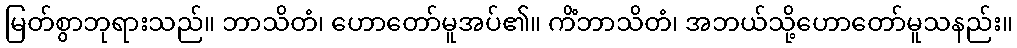
မြတ်စွာဘုရားသည်။ ဘာသိတံ၊ ဟောတော်မူအပ်၏။ ကိံဘာသိတံ၊ အဘယ်သို့ဟောတော်မူသနည်း။